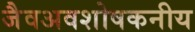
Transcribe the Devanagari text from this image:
जैवअवशोषकनीय